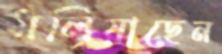
মলিয়াছেন